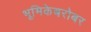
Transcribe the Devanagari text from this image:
भूमिकेबरोबर